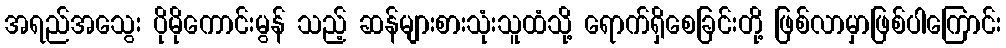
အရည်အသွေး ပိုမိုကောင်းမွန် သည့် ဆန်များစားသုံးသူထံသို့ ရောက်ရှိစေခြင်းတို့ ဖြစ်လာမှာဖြစ်ပါကြောင်း